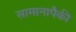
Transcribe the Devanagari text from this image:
सामानापैकी